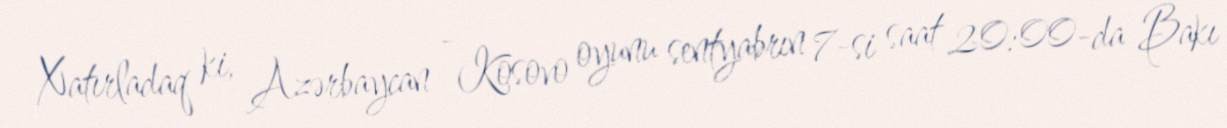
Xatırladaq ki, Azərbaycan - Kosovo oyunu sentyabrın 7-si saat 20:00-da Bakı